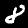
Digit: 8